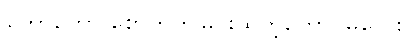
တော်တော် စောက်ကမြင်းထတဲ့ကောင်မလေး။